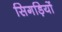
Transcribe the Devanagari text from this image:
सिगड़ियों